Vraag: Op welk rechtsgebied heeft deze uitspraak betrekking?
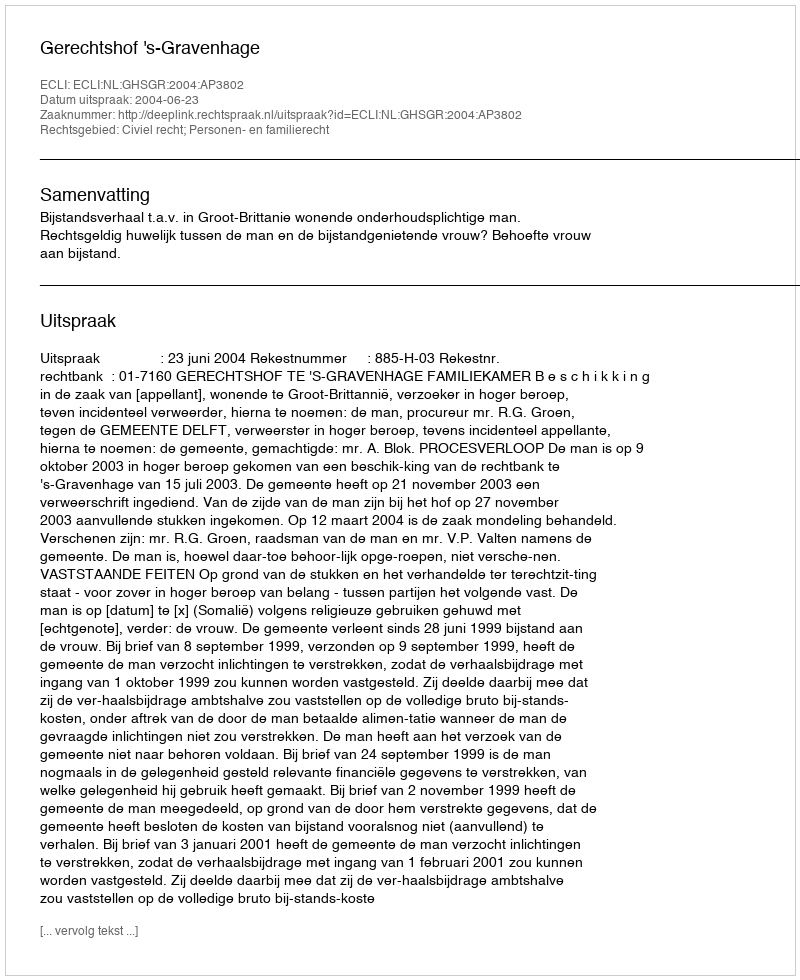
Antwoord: Civiel recht; Personen- en familierecht